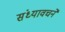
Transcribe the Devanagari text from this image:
संध्यावचने